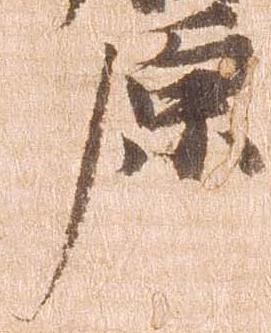
原